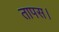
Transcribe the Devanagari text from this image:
तापस।